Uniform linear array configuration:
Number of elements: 12
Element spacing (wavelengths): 0.75
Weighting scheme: binomial
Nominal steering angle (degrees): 0
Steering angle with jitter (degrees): -0.7007
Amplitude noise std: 0.05
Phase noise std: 0.05

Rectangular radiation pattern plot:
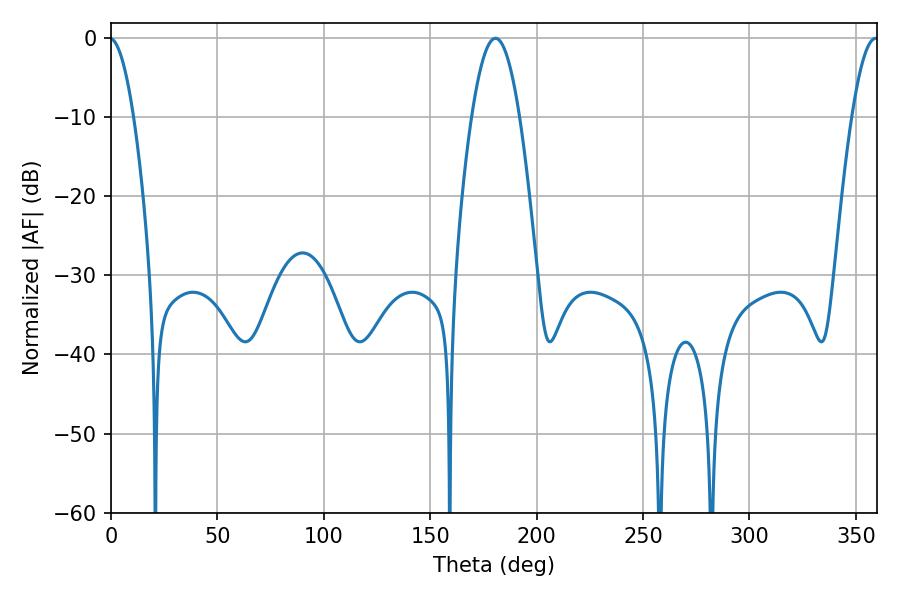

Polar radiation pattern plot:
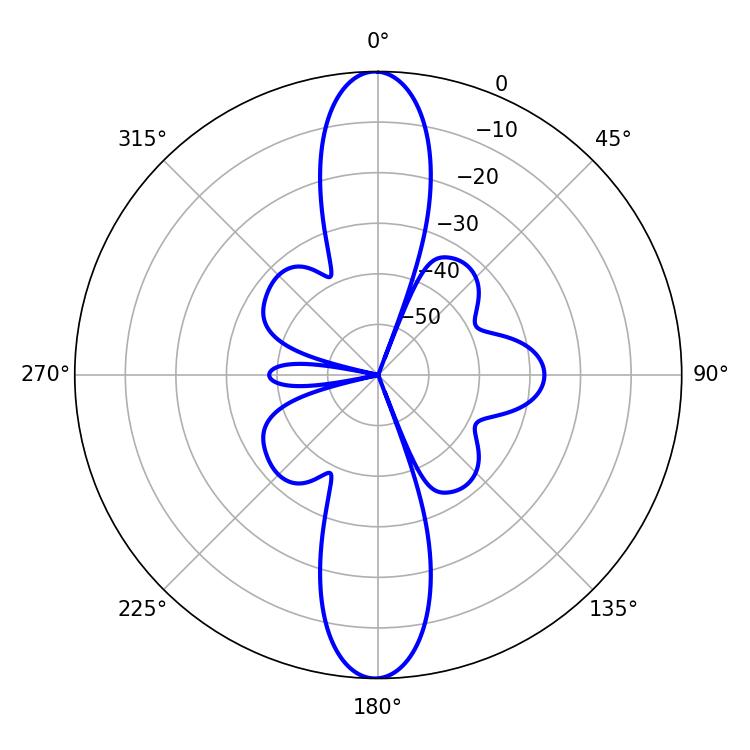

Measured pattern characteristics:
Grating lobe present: TRUE
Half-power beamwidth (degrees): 12.24
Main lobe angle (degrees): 180.72